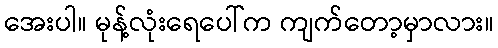
အေးပါ။ မုန့်လုံးရေပေါ်က ကျက်တော့မှာလား။